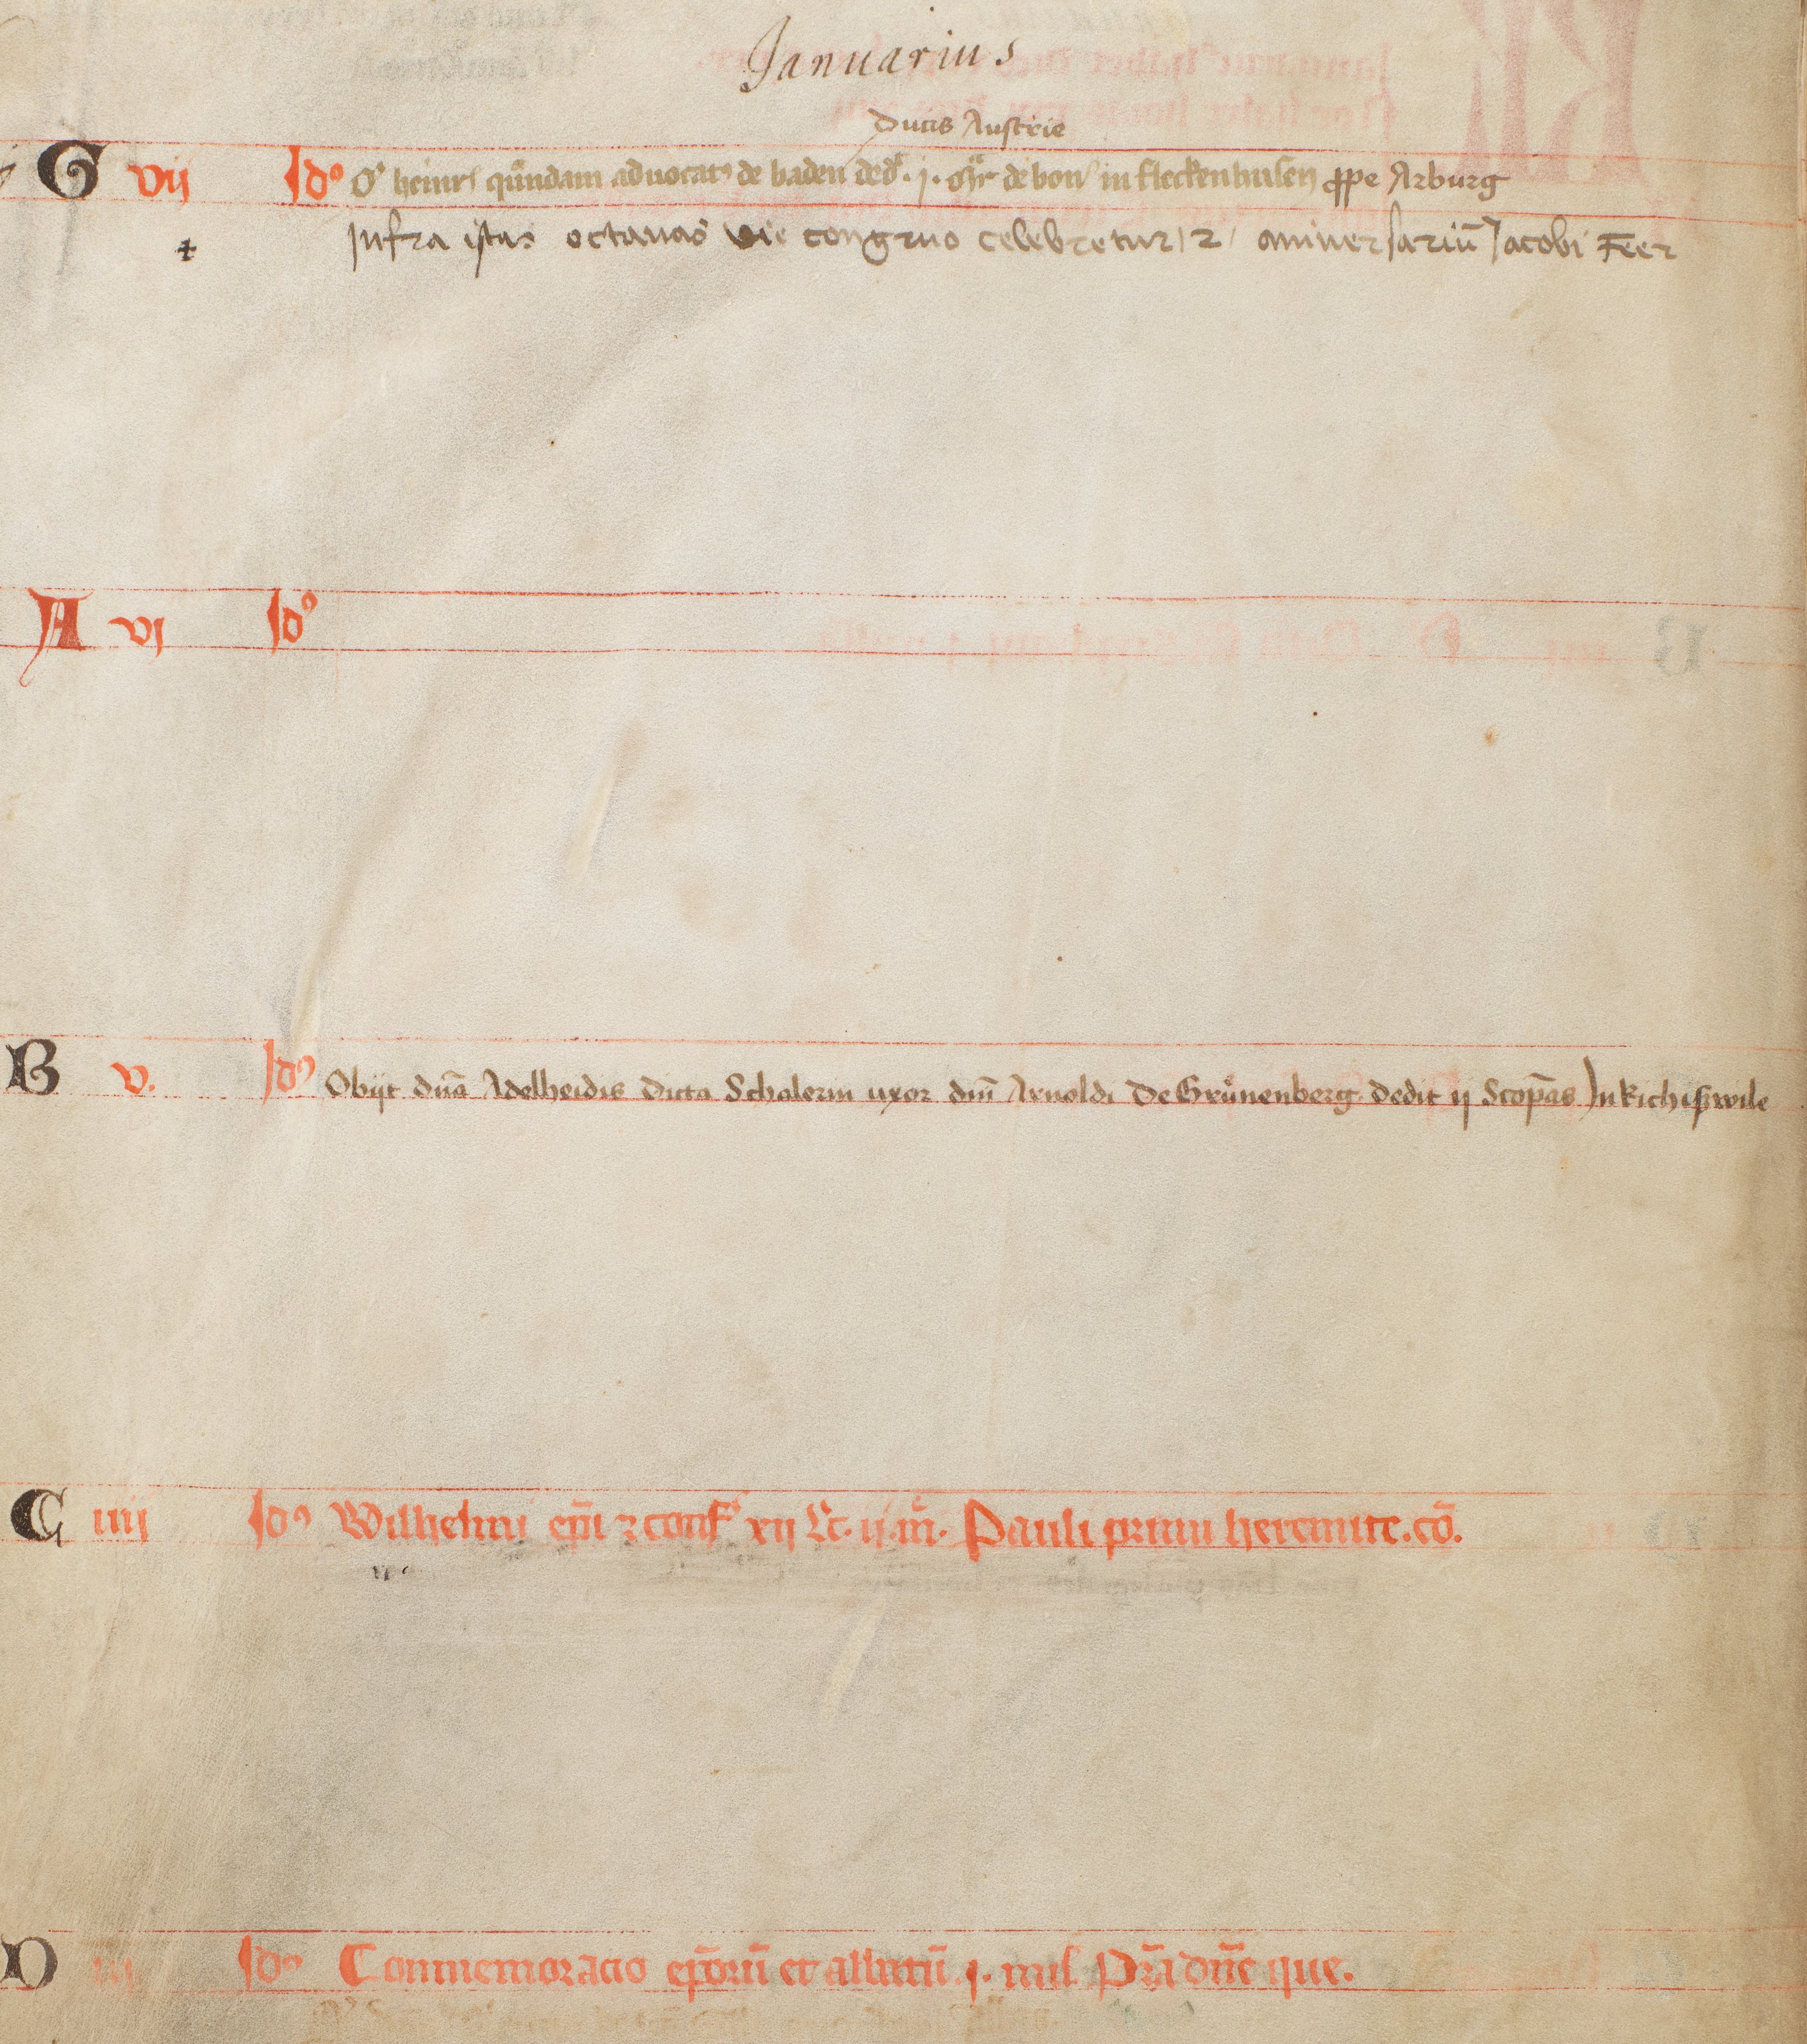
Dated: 1400–1430